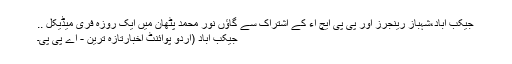
جیکب آباد،شہباز رینجرز اور پی پی ایچ آء کے اشتراک سے گاؤں نور محمد پٹھان میں ایک روزہ فری میڈیکل ..
جیکب آباد (اُردو پوائنٹ اخبارتازہ ترین - اے پی پی۔